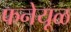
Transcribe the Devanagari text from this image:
फनेयूळ